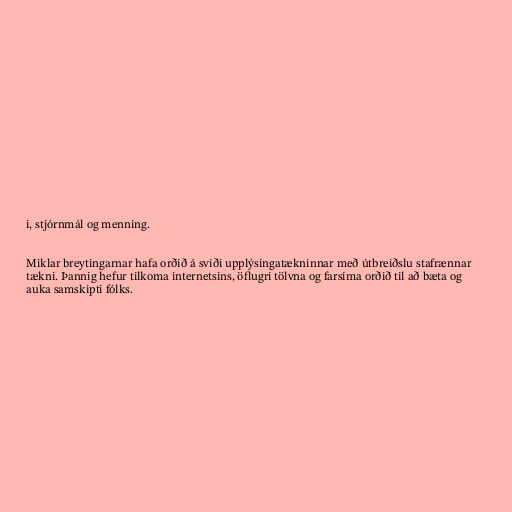
i, stjórnmál og menning.

Miklar breytingarnar hafa orðið á sviði upplýsingatækninnar með útbreiðslu stafrænnar
tækni. Þannig hefur tilkoma internetsins, öflugri tölvna og farsíma orðið til að bæta og
auka samskipti fólks.